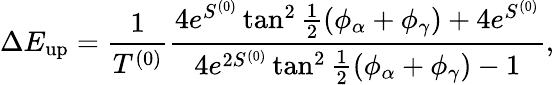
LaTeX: \Delta E_{\mathrm{up}}=\frac{1}{T^{(0)}}\frac{4e^{S^{(0)}}\tan^{2}\frac{1}{2}(\phi_{\alpha}+\phi_{\gamma})+4e^{S^{(0)}}}{4e^{2S^{(0)}}\tan^{2}\frac{1}{2}(\phi_{\alpha}+\phi_{\gamma})-1},